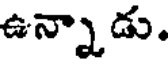
ఉన్నాడు.